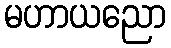
မဟာယညော